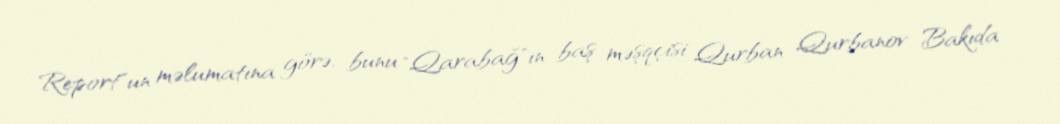
Report"un məlumatına görə, bunu "Qarabağ"ın baş məşqçisi Qurban Qurbanov Bakıda